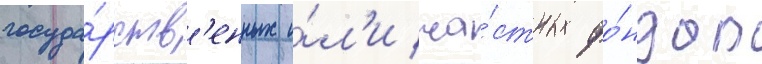
госуда́рств'енных и́л'и ча́стных фо́ндов